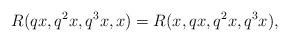
LaTeX: \begin{align*} R(qx, q^{2}x, q^{3}x, x)=R(x, qx, q^{2}x, q^{3}x), \end{align*}